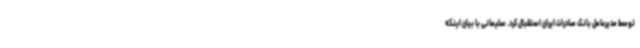
توسط مدیرعامل بانک صادرات ایران استقبال کرد. سلیمانی با بیان اینکه